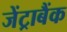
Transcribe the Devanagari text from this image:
जेंट्राबैंक